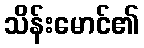
သိန်းမောင်၏